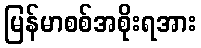
မြန်မာစစ်အစိုးရအား